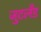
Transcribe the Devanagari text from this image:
जुटलँड